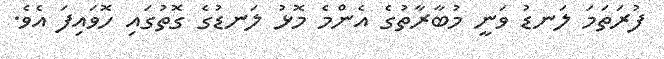
ފުރަތަމަ ލަނޑު ވަނީ މުބާރާތުގެ އެންމެ މޮޅު ލަނޑުގެ ގޮތުގައި ހޮވައިފަ އެވެ.